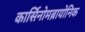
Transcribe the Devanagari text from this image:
कार्सिनोमब्रायोनिक